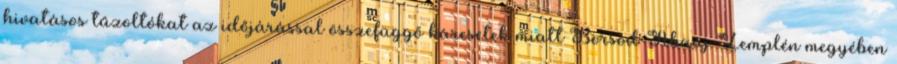
hivatásos tűzoltókat az időjárással összefüggő káresetek miatt Borsod-Abaúj-Zemplén megyében